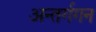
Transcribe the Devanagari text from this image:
अन्तर्गगन